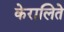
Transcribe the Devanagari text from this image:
केरालिते